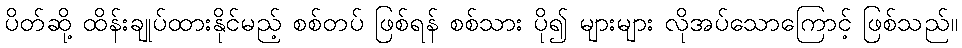
ပိတ်ဆို့ ထိန်းချုပ်ထားနိုင်မည့် စစ်တပ် ဖြစ်ရန် စစ်သား ပို၍ များများ လိုအပ်သောကြောင့် ဖြစ်သည်။